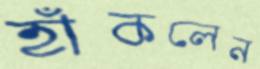
হাঁকলেন